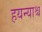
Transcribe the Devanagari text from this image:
हयन्याश्च